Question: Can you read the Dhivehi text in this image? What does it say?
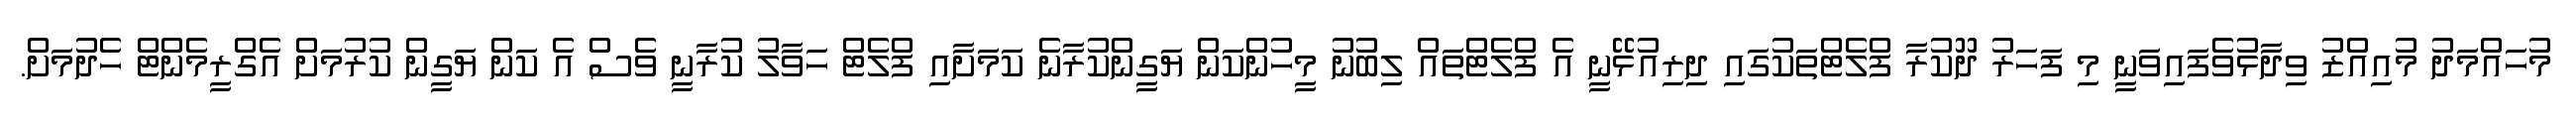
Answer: މުހައްމަދު މުއިއްޒު ވިދާޅުވެފައިވަނީ މި ފަހަރު ދޫކުރާ ފްލެޓްތަކުގައި ދިރިއުޅޭނީ އެ ފްލެޓްތައް ލިބުނު މީހުންކަން ޔަގީންކުރާނެ ކަމަށާއި ފްލެޓް ހަވާލު ކުރާނީ ވެސް އެ ކަން ޔަގީން ކުރުމަށް އެގްރީމެންޓް ހެދުމަށް.